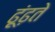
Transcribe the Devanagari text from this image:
ढ़ूंढ़ते